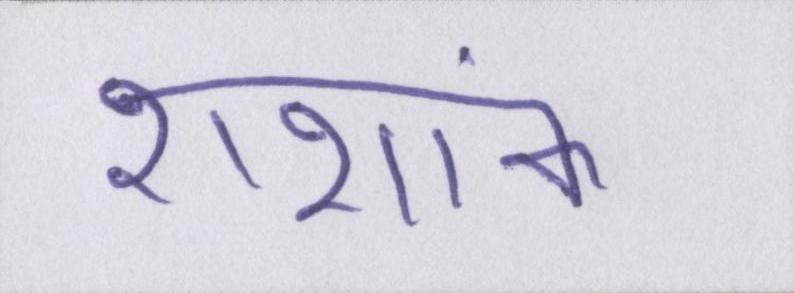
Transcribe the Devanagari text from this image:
शशांक